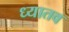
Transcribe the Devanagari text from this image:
ध्यातव